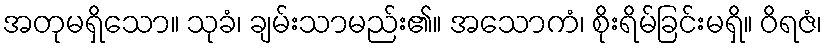
အတုမရှိသော။ သုခံ၊ ချမ်းသာမည်း၏။ အသောကံ၊ စိုးရိမ်ခြင်းမရှိ။ ဝိရဇံ၊